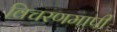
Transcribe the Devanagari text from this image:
विचरणमापी